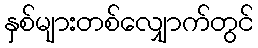
နှစ်များတစ်လျှောက်တွင်